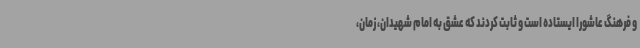
و فرهنگ عاشورا ایستاده است و ثابت کردند که عشق به امام شهیدان، زمان،